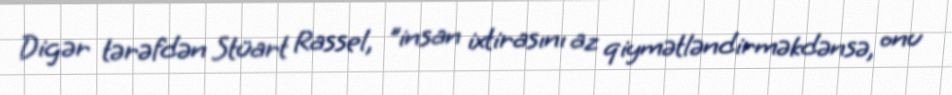
Digər tərəfdən Stüart Rassel, "insan ixtirasını az qiymətləndirməkdənsə, onu